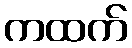
ကထက်